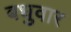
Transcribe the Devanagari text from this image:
बधुवार